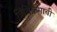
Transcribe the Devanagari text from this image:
त्रिविक्रमाची